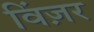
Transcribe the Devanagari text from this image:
विंज़र